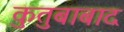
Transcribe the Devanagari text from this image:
कुतुबाबाद